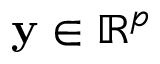
\mathbf { y } \in \mathbb { R } ^ { p }